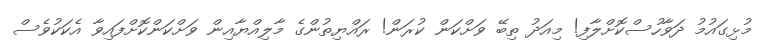
މުޅިގައުމު ދަވާހުސްކޮށްލާފި! މިއަދު ތިބޭ ވަށްކަން ކުރަން! ރައްޔިތުންގެ މާލިއްޔާއިން ވަށްކަންކޮށްފައިވާ އެކަކުވެސް